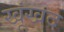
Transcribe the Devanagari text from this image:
खूंखद